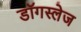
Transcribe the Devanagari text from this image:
डॉगस्लेज